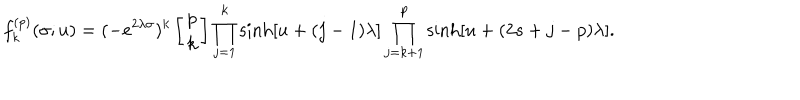
LaTeX: f _ { k } ^ { ( p ) } ( \sigma ; u ) = ( - e ^ { 2 \lambda \sigma } ) ^ { k } \left[ \begin{array} { c } { { p } } \\ { { k } } \\ \end{array} \right] \prod _ { j = 1 } ^ { k } \sinh [ u + ( j - 1 ) \lambda ] \prod _ { j = k + 1 } ^ { p } \sinh [ u + ( 2 s + j - p ) \lambda ] .